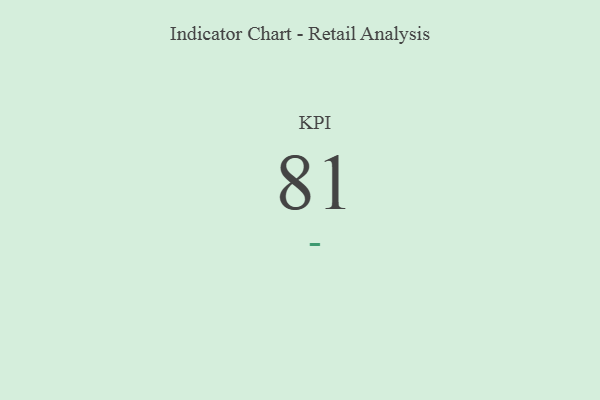
{"axis": {"x": "KPI", "y": "Value"}, "legend": [""], "data": [{"x": "KPI", "y": 81, "type": ""}]}